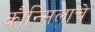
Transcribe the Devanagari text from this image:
कौन्सिलाचे